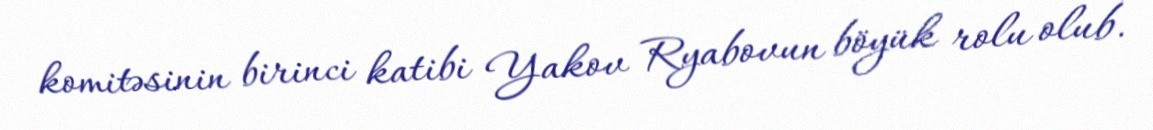
komitəsinin birinci katibi Yakov Ryabovun böyük rolu olub.